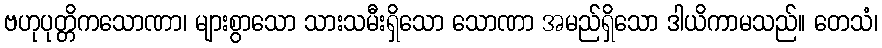
ဗဟုပုတ္တိကသောဏာ၊ များစွာသော သားသမီးရှိသော သောဏာ အမည်ရှိသော ဒါယိကာမသည်။ တေသံ၊